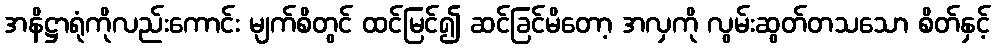
အနိဋ္ဌာရုံကိုလည်းကောင်း မျက်စိတွင် ထင်မြင်၍ ဆင်ခြင်မိတော့ အလှကို လွမ်းဆွတ်တသသော စိတ်နှင့်